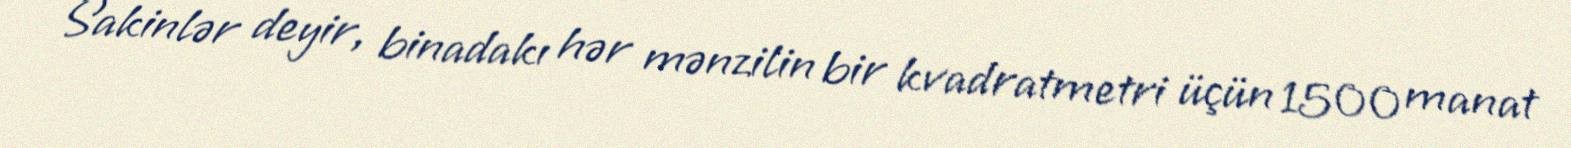
Sakinlər deyir, binadakı hər mənzilin bir kvadratmetri üçün 1500 manat